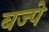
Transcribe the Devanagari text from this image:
बज्पे